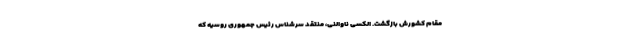
مقام کشورش بازگشت. الکسی ناوالنی، منتقد سرشناس رئیس جمهوری روسیه که